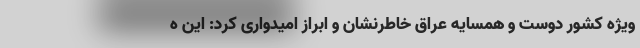
ویژه کشور دوست و همسایه عراق خاطرنشان و ابراز امیدواری کرد: این ه